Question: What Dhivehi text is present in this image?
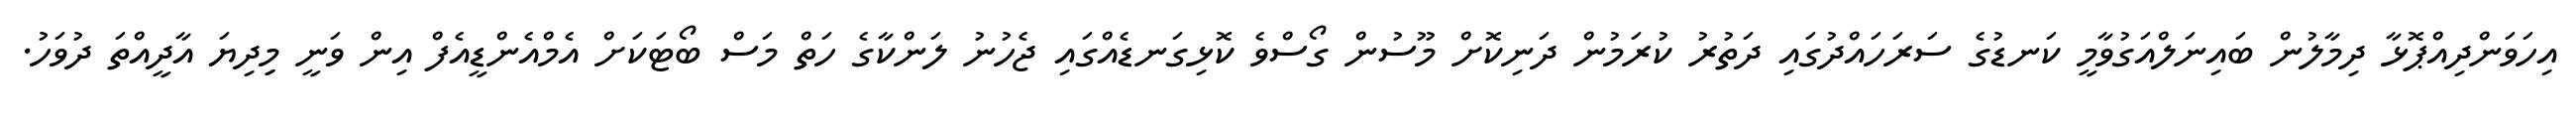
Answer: އިހަވަންދިއްޕޮޅާ ދިމާލުން ބައިނަލްއަގުވާމީ ކަނޑުގެ ސަރަހައްދުގައި ދަތުރު ކުރަމުން ދަނިކޮށް މޫސުން ގޯސްވެ ކޮޅިގަނޑެއްގައި ޖެހުނު ލަންކާގެ ހަތް މަސް ބޯޓަކަށް އެމްއެންޑީއެފް އިން ވަނީ މިިދިޔަ އާދީއްތަ ދުވަހު.